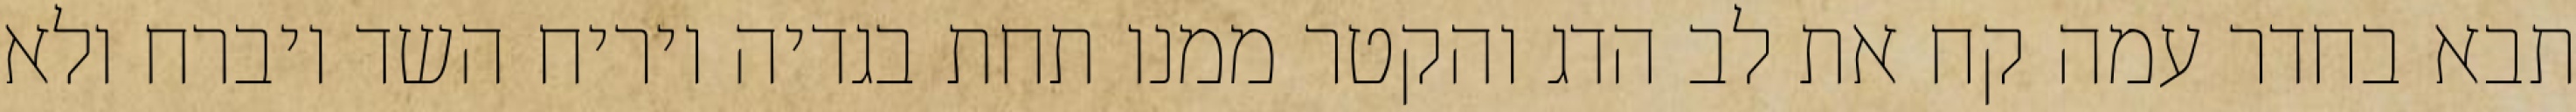
תבא בחדר עמה קח את לב הדג והקטר ממנו תחת בגדיה ויריח השד ויברח ולא